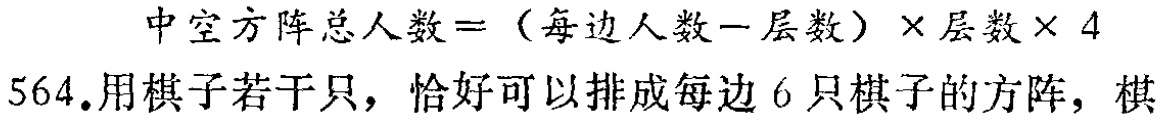
中空方阵总人数\(= (\)每边人数\(-\)层数\()\times\)层数\(\times 4\)

564.用棋子若干只，恰好可以排成每边6只棋子的方阵，棋